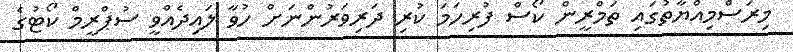
މިރަސްމިއްޔާތުގައި ތަމްރީން ކޯސް ފުރިހަމަ ކުރި ދަރިވަރުންނަށް ހުވާ ލައިދެއްވީ ސުޕްރީމް ކޯޓުގެ